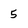
Character: 5